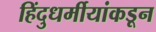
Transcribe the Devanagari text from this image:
हिंदुधर्मीयांकडून